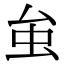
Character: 𧈧